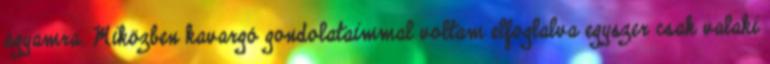
ágyamra. Miközben kavargó gondolataimmal voltam elfoglalva egyszer csak valaki